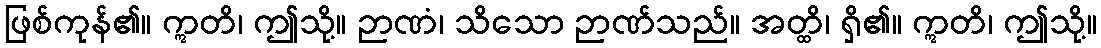
ဖြစ်ကုန်၏။ ဣတိ၊ ဤသို့။ ဉာဏံ၊ သိသော ဉာဏ်သည်။ အတ္ထိ၊ ရှိ၏။ ဣတိ၊ ဤသို့။